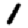
Digit: 1